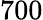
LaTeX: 700